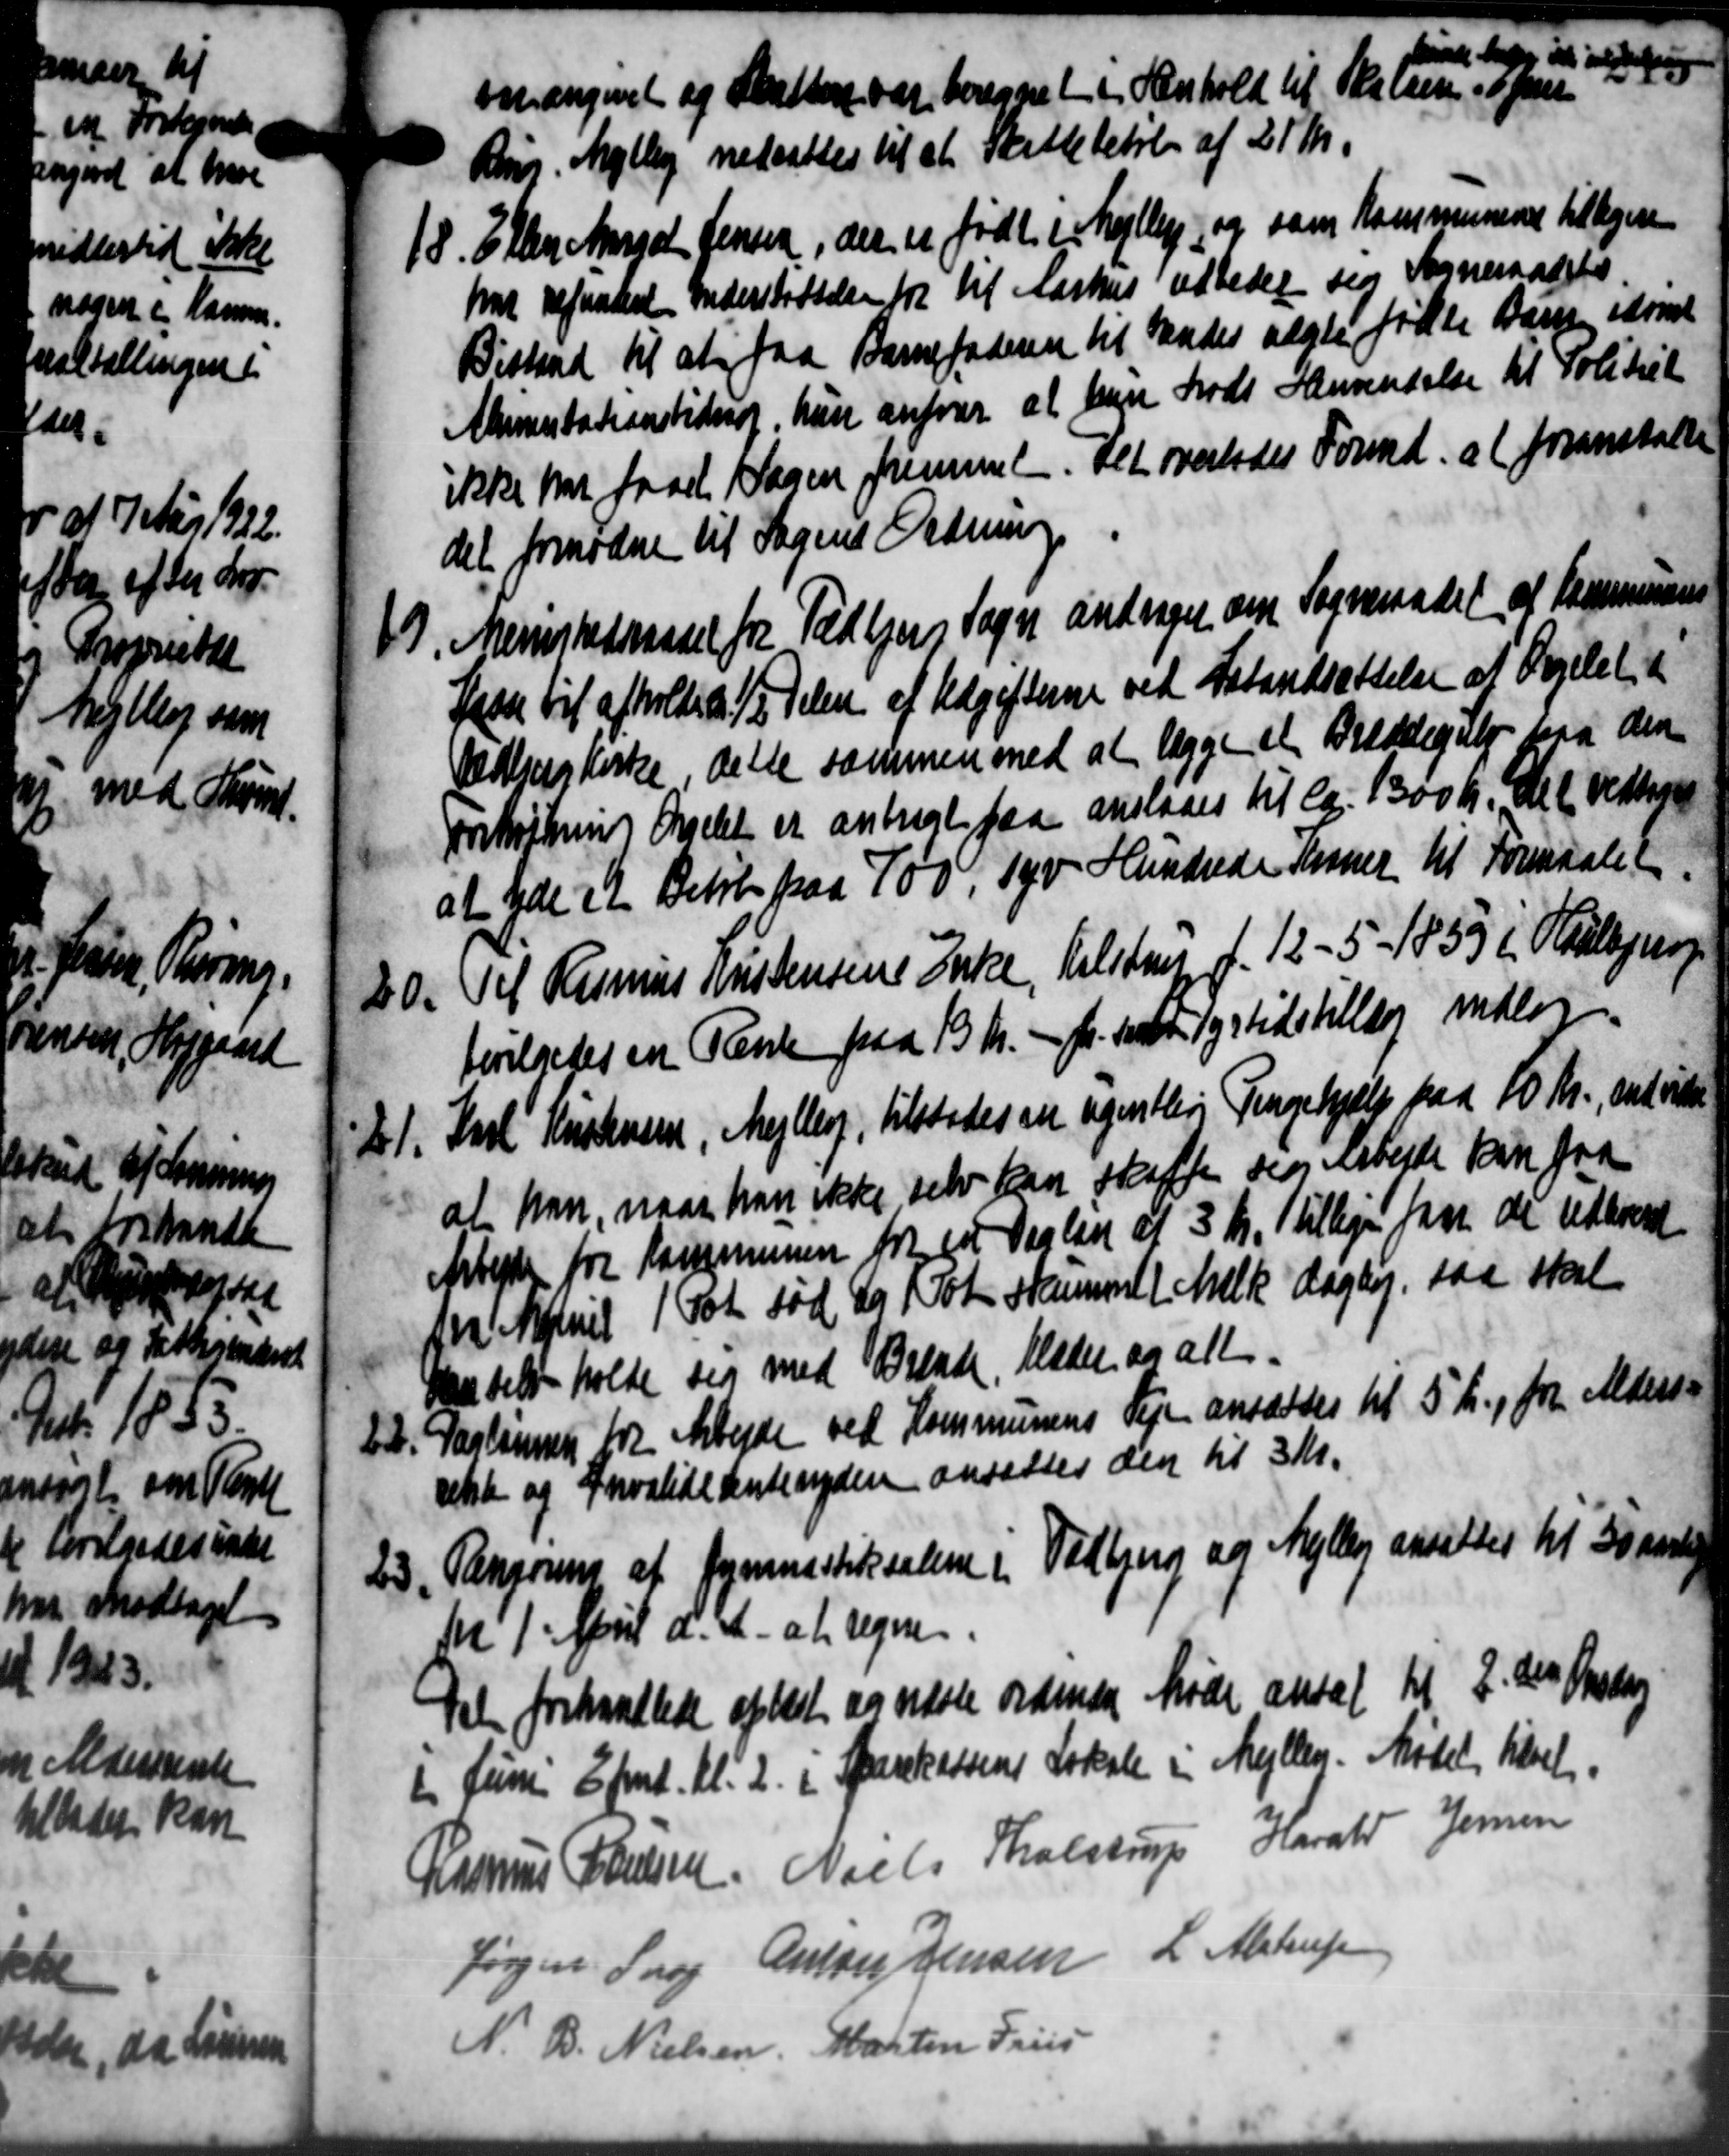
Transskription:
omængivet og Skatten var beregnet i Henhold til Helsen op
binde hele at uddelig
Ring. Mølle nedsattes til at Skattebeløb af 21 Kr.
18. Efter Angel Jensen, der er født er hejllige, og som Kommunene tilligere
18. Efter Angel Jensen, der er født er hejllige, og som Kommunene tilligere
hat refunderet Understøttelse for til Aarhus udbeder sig Sogneraadets
Bistand til at faa Barnefaderen til Hændes algte fødte Barne, sammet
Alimentationsbidrag, hun anfører at hun født Henvendelse til Politiet
ikke har faaet Sagen fremsent. Det overlodes Formd. a (foranstalte
det fornødne til Sagens Ordning
19
Merivstedsraadet fra Todbjerg Sogn andrager om Sogneraadet at Kommunens
Laan til afholdes 1/3 Telen af Udgifterne ved Istandsættelse af Sygelet i
Udejers Kirke delte sammen med at lægge et Bræddegule paa den
onskiftning Angelet er anbragt paa anslaaes til ca. 1300 k. Det vedtoges
at yde et Beløb paa 100, 140 Hundrede Kroner til Formaalet
20.
Til Rasmus Kristensens Enke, Helstrus d. 12 - 5 - 1853 i Huslejerg
bevilgedes en Rente paa 15 Kr. pr. med Tyrtidstillæg indlag.
Karl Kristensen, Mejlberg, tilstodes en ugentlige Tingehjælp paa 10 Kr., endvide
21.
at han, naar han ikke selv kan skaffe sig arbejde kan fra
Arbejde for Kommunen for en Dagløn af 3 Kr. tillige faa de udbredt
fra Mariel 150 sød og Kot skummet Mælk daglig saa skal
Handelse holde sig med Brende, Klader og alt
22. Partinen for Arbejde ved Kommunens Vejen ansættes til 5 Kr., fra Alders-
22. Partinen for Arbejde ved Kommunens Vejen ansættes til 5 Kr., fra Alders-
rekte og Invaliderentenydere ansættes den til 3 Kr.
Tangering af Gymnastiksalene i Tidling og Meller ansattes til 30 aarl
23
Nr 1. April d. A. at regne.
tel forstandlede oplæst og næste ordinære Møde ansat til J. des Osten
[ Juni Eft. Kl. 2 i Sparekassens Lokale i Mellen. Mødet tilset.
Rasmus Poulsen Niels Tholstrup Harald Jensen
Jørgen Snog Anton Jensen L. Alstrup
N. B. Nielsen, Martin Friis